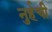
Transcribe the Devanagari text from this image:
नुर्हची